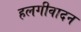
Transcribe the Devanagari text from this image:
हलगीवादन